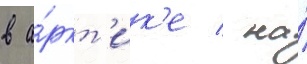
в а́ркт'ик'е / на́